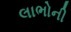
લાભોની